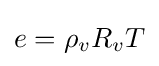
e=\rho _{v}R_{v}T